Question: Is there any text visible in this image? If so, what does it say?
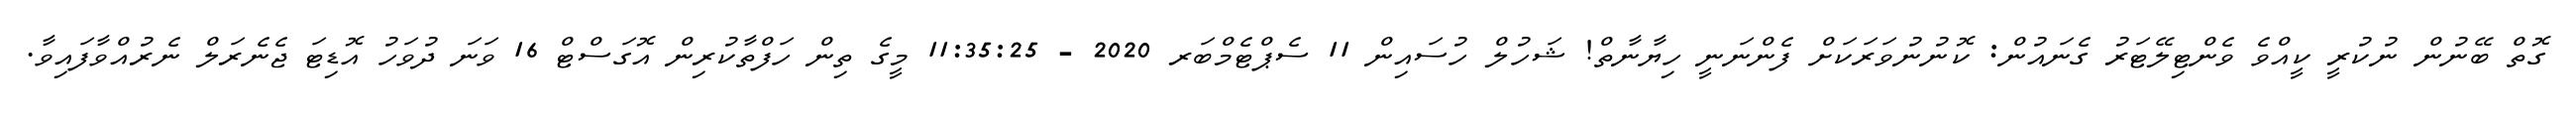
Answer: ގޮތް ބޭނުން ނުކުރީ ކީއްވެ ވެންޓިލޭޓަރު ގެނައުން: ކޮނުނުވަރަކަށް ފެންނަނީ ހިޔާނާތް! ޝަހުލް ހުސައިން 11 ސެޕްޓެމްބަރ 2020 - 11:35:25 މީގެ ތިން ހަފްތާކުރިން އޮގަސްޓް 16 ވަނަ ދުވަހު އޮޑިޓަ ޖެނެރަލް ނެރުއްވާފައިވާ.